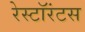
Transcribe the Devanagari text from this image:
रेस्टॉरंटस